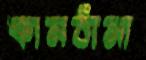
কামঠানা